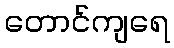
တောင်ကျရေ